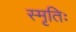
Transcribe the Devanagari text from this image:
स्मृतिः